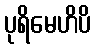
ပုရိမေဟိပိ